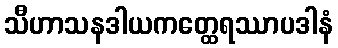
သီဟာသနဒါယကတ္ထေရဿာပဒါနံ